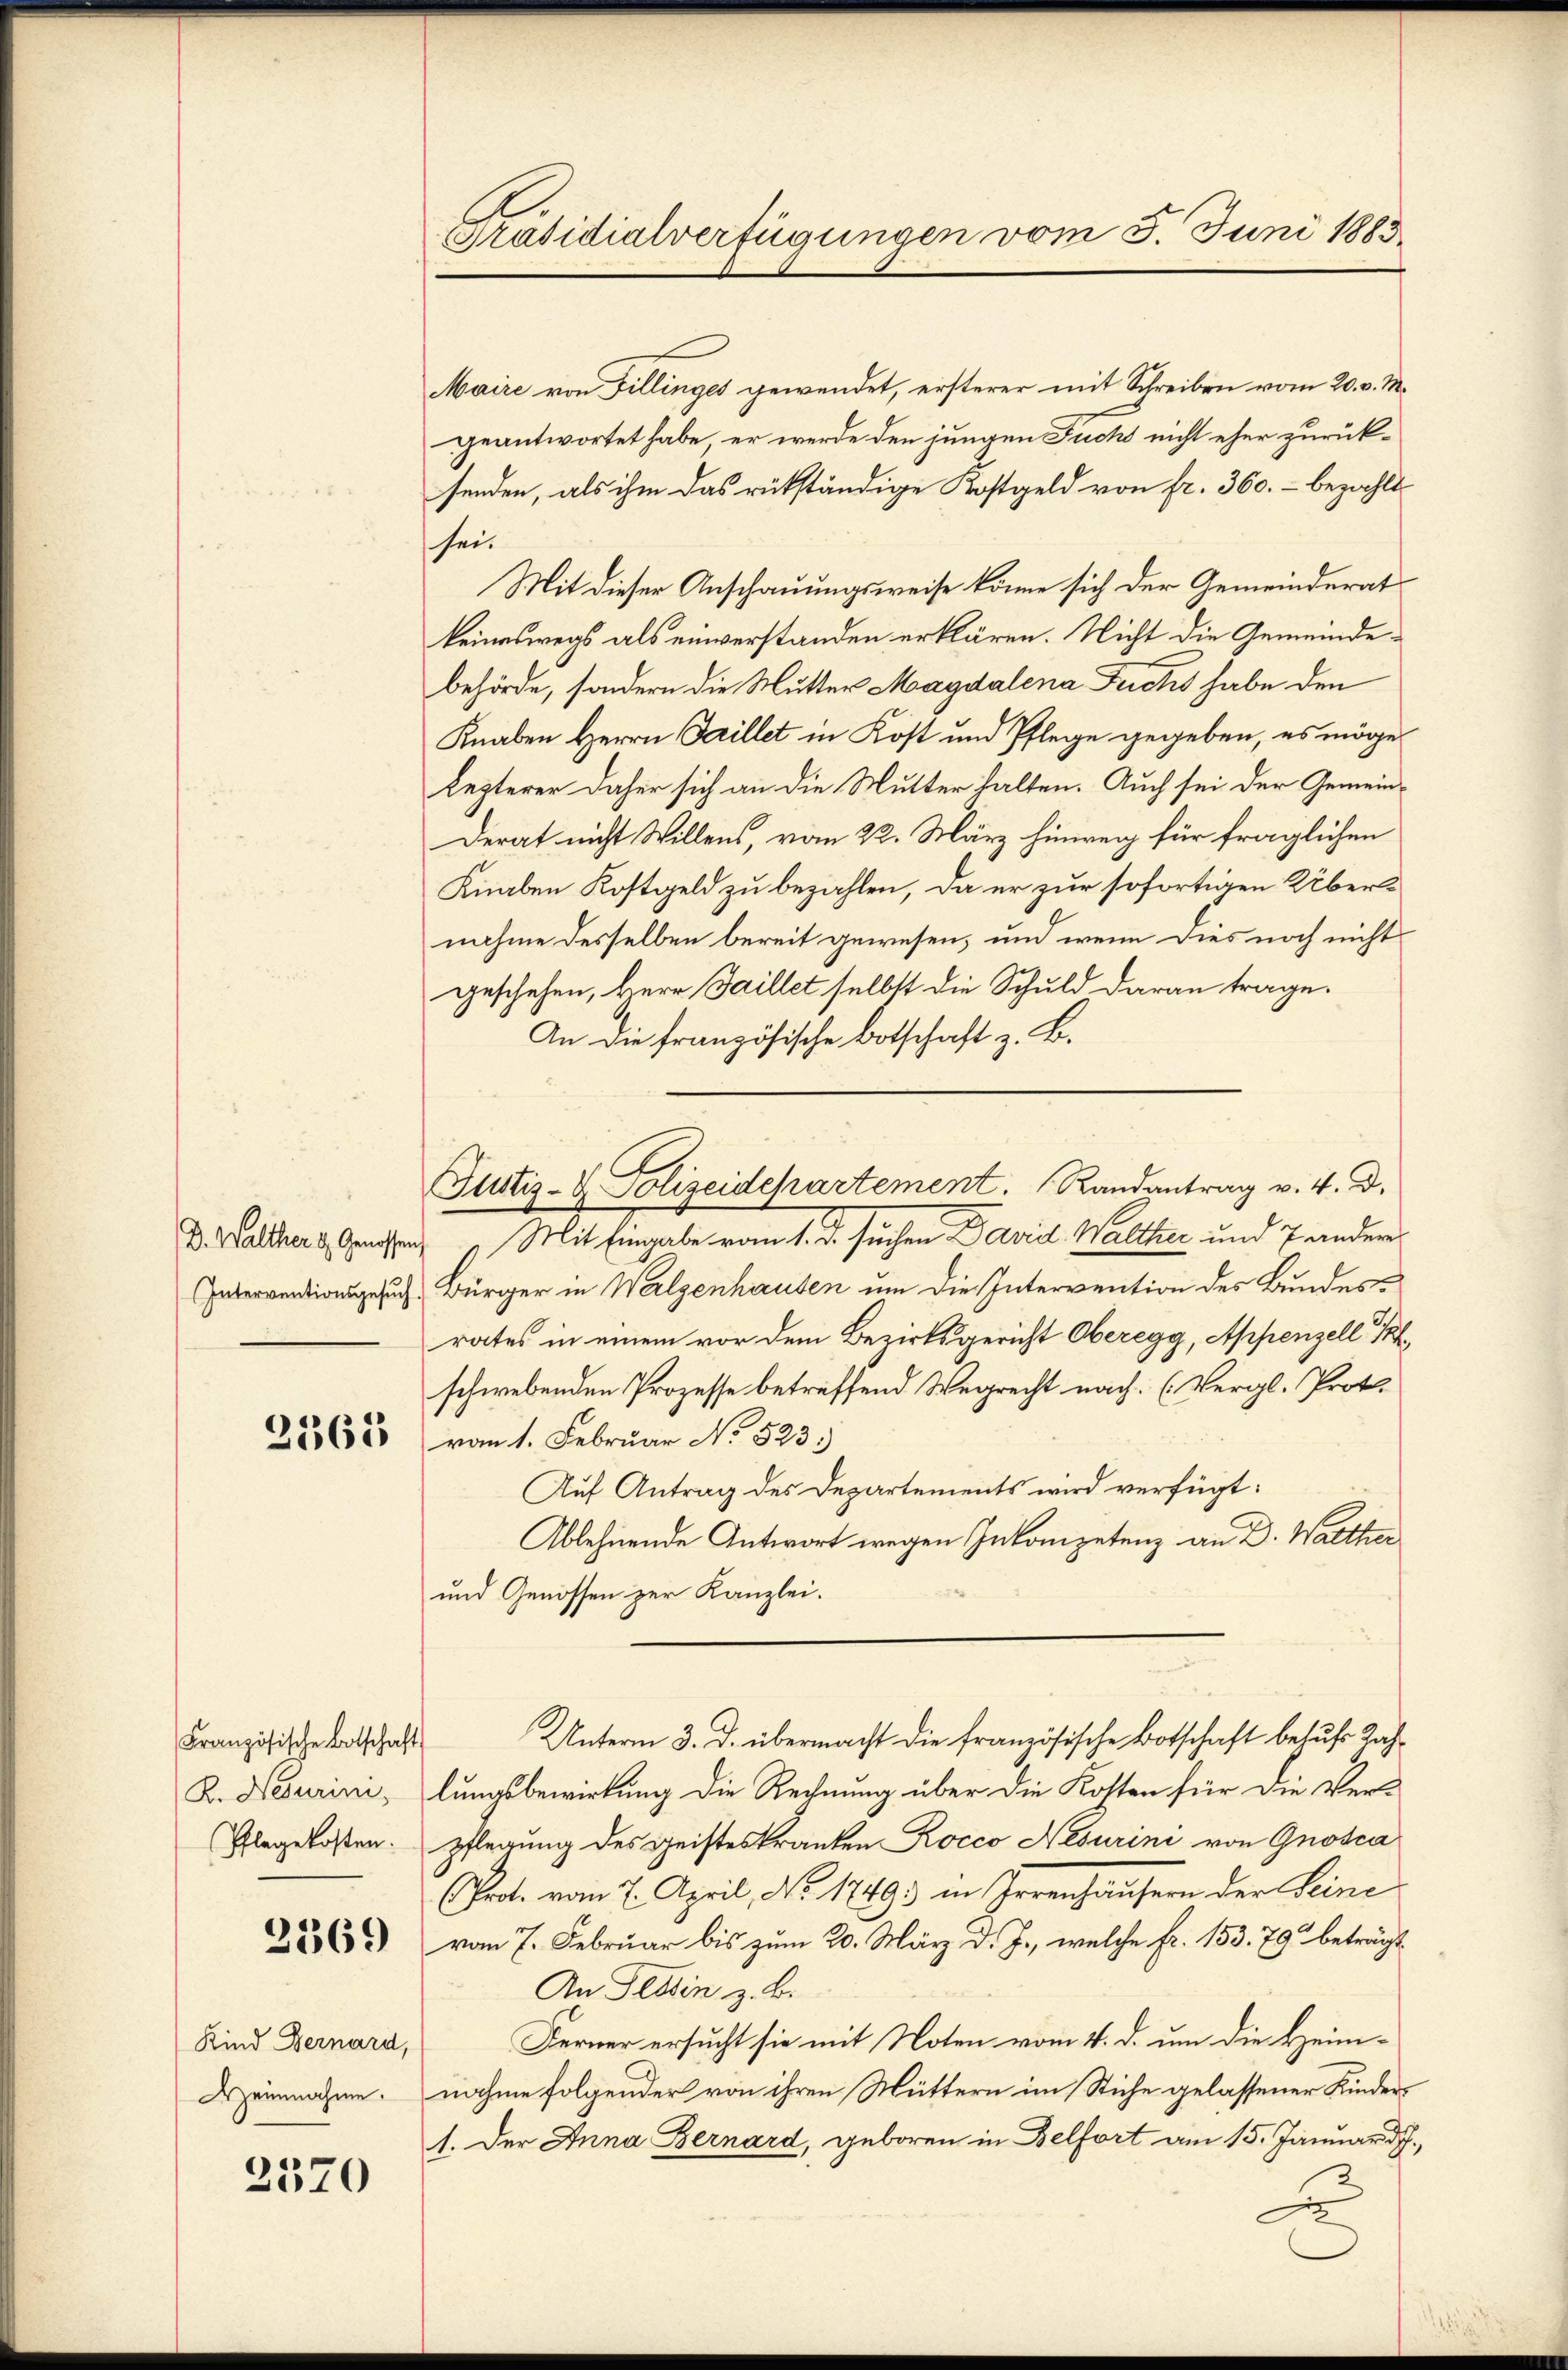
D. Walther d. Genosse
Interventionsgesuch

2361

2369

Kind Bernard,
Heinnahme.

2570

K. Neurini,
Phlegekosten.

Präsidialverfügungen vom 5. Juni 1883

Justiz- & Polizeidepartement. Randantrag v. 4. d.

Maire von Fillinges gewendet, ersterer mit Schreiben vom 20. v. M.
geantwortet habe, er werde den jungen Fuchs nicht eher zurücksenden, als ihm das rükständige Kostgeld von fr. 360. - bezahlt
sei.
Mit dieser Anschauungsweise könne sich der Gemeinderat
keineswegs als einverstanden erklären. Nicht die Gemeindebehörde, sondern die Mutter Magdalena Fuchs habe den
Knaben Herrn Faillet in Kost und Pflege gegeben, es möge
lezterer daher sich an die Mutter halten. Auch sei der Gemein¬
Derat nicht Willens, vom 22. März hinweg für fraglichen
Knaben Kostgeld zu bezahlen, da er zur sofortigen Übernahme desselben bereit gewesen, und wenn dies noch nicht
geschehen, Herr Saillet selbst die Schuld daran trage.
An die französische Botschaft z. B.
Mit Eingabe vom 1. d. suchen David Walther und 7 ander
Bürger in Walzenhausen um die Intervention des Bundesrates in einem vor dem Bezirksgericht Oberegg, Appenzell P
schwebenden Prozesse betreffend Wegrecht nach: (Vergl. Proto
vom 1. Februar No 523.)
Auf Antrag des Departements wird verfügt:
Ablehnende Antwort wegen Inkompetenz an D. Warthe
und Genossen zur Kanzlei.
Französischertschaft Unterm 3. d. übermacht die französische Botschaft behufs Zahlungsbewirkung die Rechnung über die Kosten für die Ver-
pflegung des Geisteskranken Rocco Nesurini von Gnosca
(Prot. vom 7. April, No. 17493) in Irrenhäusern der Seine
vom 7. Februar bis zum 20. März d. J., welche Fr. 153. 79 beträgt
An Tessin z. B.
Ferner ersucht sie mit Noten vom 4. d. um die Heim-
nahme folgender von ihren Muttern im Stiche gelassener Kinder¬
1. Der Anna Bernard, geboren in Belfort am 15. Januar d.